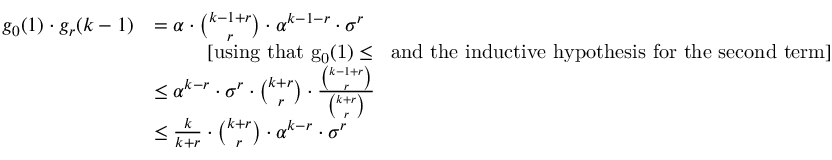
\begin{array} { r l } { g _ { 0 } ( 1 ) \cdot g _ { r } ( k - 1 ) } & { = \alpha \cdot { \binom { k - 1 + r } { r } } \cdot \alpha ^ { k - 1 - r } \cdot \sigma ^ { r } } \\ & { \ \ \ \ \ \ \ \ \mathrm { [ u s i n g ~ t h a t ~ \ensuremath { g _ { 0 } ( 1 ) \leq \alpha } ~ a n d ~ t h e ~ i n d u c t i v e ~ h y p o t h e s i s ~ f o r ~ t h e ~ s e c o n d ~ t e r m ] } } \\ & { \leq \alpha ^ { k - r } \cdot \sigma ^ { r } \cdot { \binom { k + r } { r } } \cdot \frac { { \binom { k - 1 + r } { r } } } { { \binom { k + r } { r } } } } \\ & { \leq \frac { k } { k + r } \cdot { \binom { k + r } { r } } \cdot \alpha ^ { k - r } \cdot \sigma ^ { r } } \end{array}